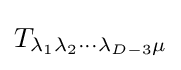
T_{\lambda _{1}\lambda _{2}\cdots \lambda _{D-3}\mu }